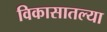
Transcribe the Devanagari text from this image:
विकासातल्या